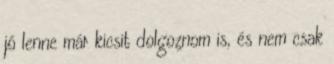
jó lenne már kicsit dolgoznom is, és nem csak